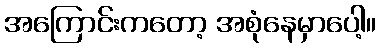
အကြောင်းကတော့ အစုံနေမှာပေါ့။